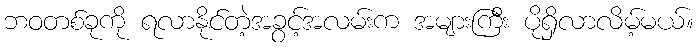
ဘဝတစ်ခုကို ရလာနိုင်တဲ့အခွင့်အလမ်းက အများကြီး ပိုရှိလာလိမ့်မယ်။